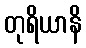
တုရိယာနိ